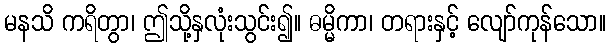
မနသိ ကရိတွာ၊ ဤသို့နှလုံးသွင်း၍။ ဓမ္မိကာ၊ တရားနှင့် လျော်ကုန်သော။